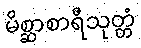
မိစ္ဆာစာရီသုတ္တံ